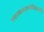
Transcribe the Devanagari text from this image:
स्वरावासदम्भोलिदम्भोपि